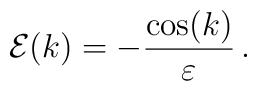
{\cal E}(k)= -\frac{\cos(k)}{\varepsilon}\, .